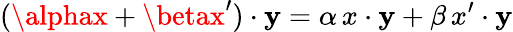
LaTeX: (\alphax+\betax^{\prime})\cdot\mathbf{y}=\alpha\, x\cdot\mathbf{y}+\beta\, x^{\prime}\cdot\mathbf{y}